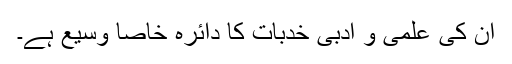
ان کی علمی و ادبی خدبات کا دائرہ خاصا وسیع ہے۔